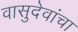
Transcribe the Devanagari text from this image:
वासुदेवांचा